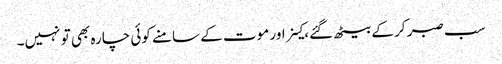
سب صبر کر کے بیٹھ گئے، کینر اور موت کے سامنے کوئی چارہ بھی تو نہیں۔